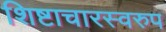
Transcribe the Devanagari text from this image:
शिष्टाचारस्वरुप